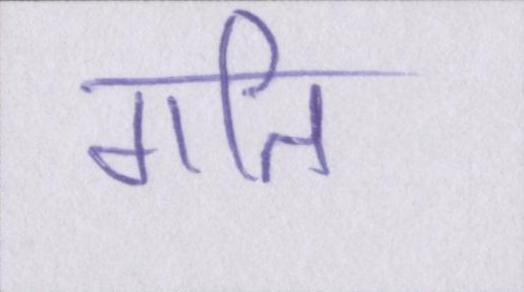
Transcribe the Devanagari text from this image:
गति